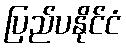
ပြည်ပနိုင်ငံ